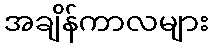
အချိန်ကာလများ